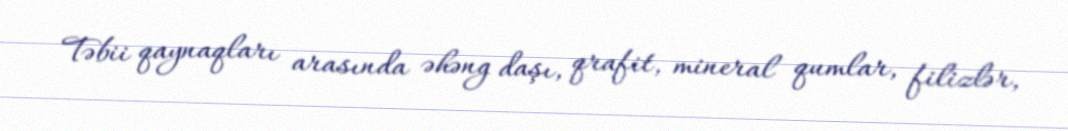
Təbii qaynaqları arasında əhəng daşı, qrafit, mineral qumlar, filizlər,